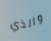
والذي